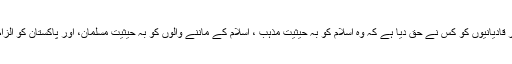
تو پھر قادیانیوں کو کس نے حق دیا ہے کہ وہ اسلام کو بہ حیثیت مذہب ، اسلام کے ماننے والوں کو بہ حیثیت مسلمان، اور پاکستان کو الزام دیں۔